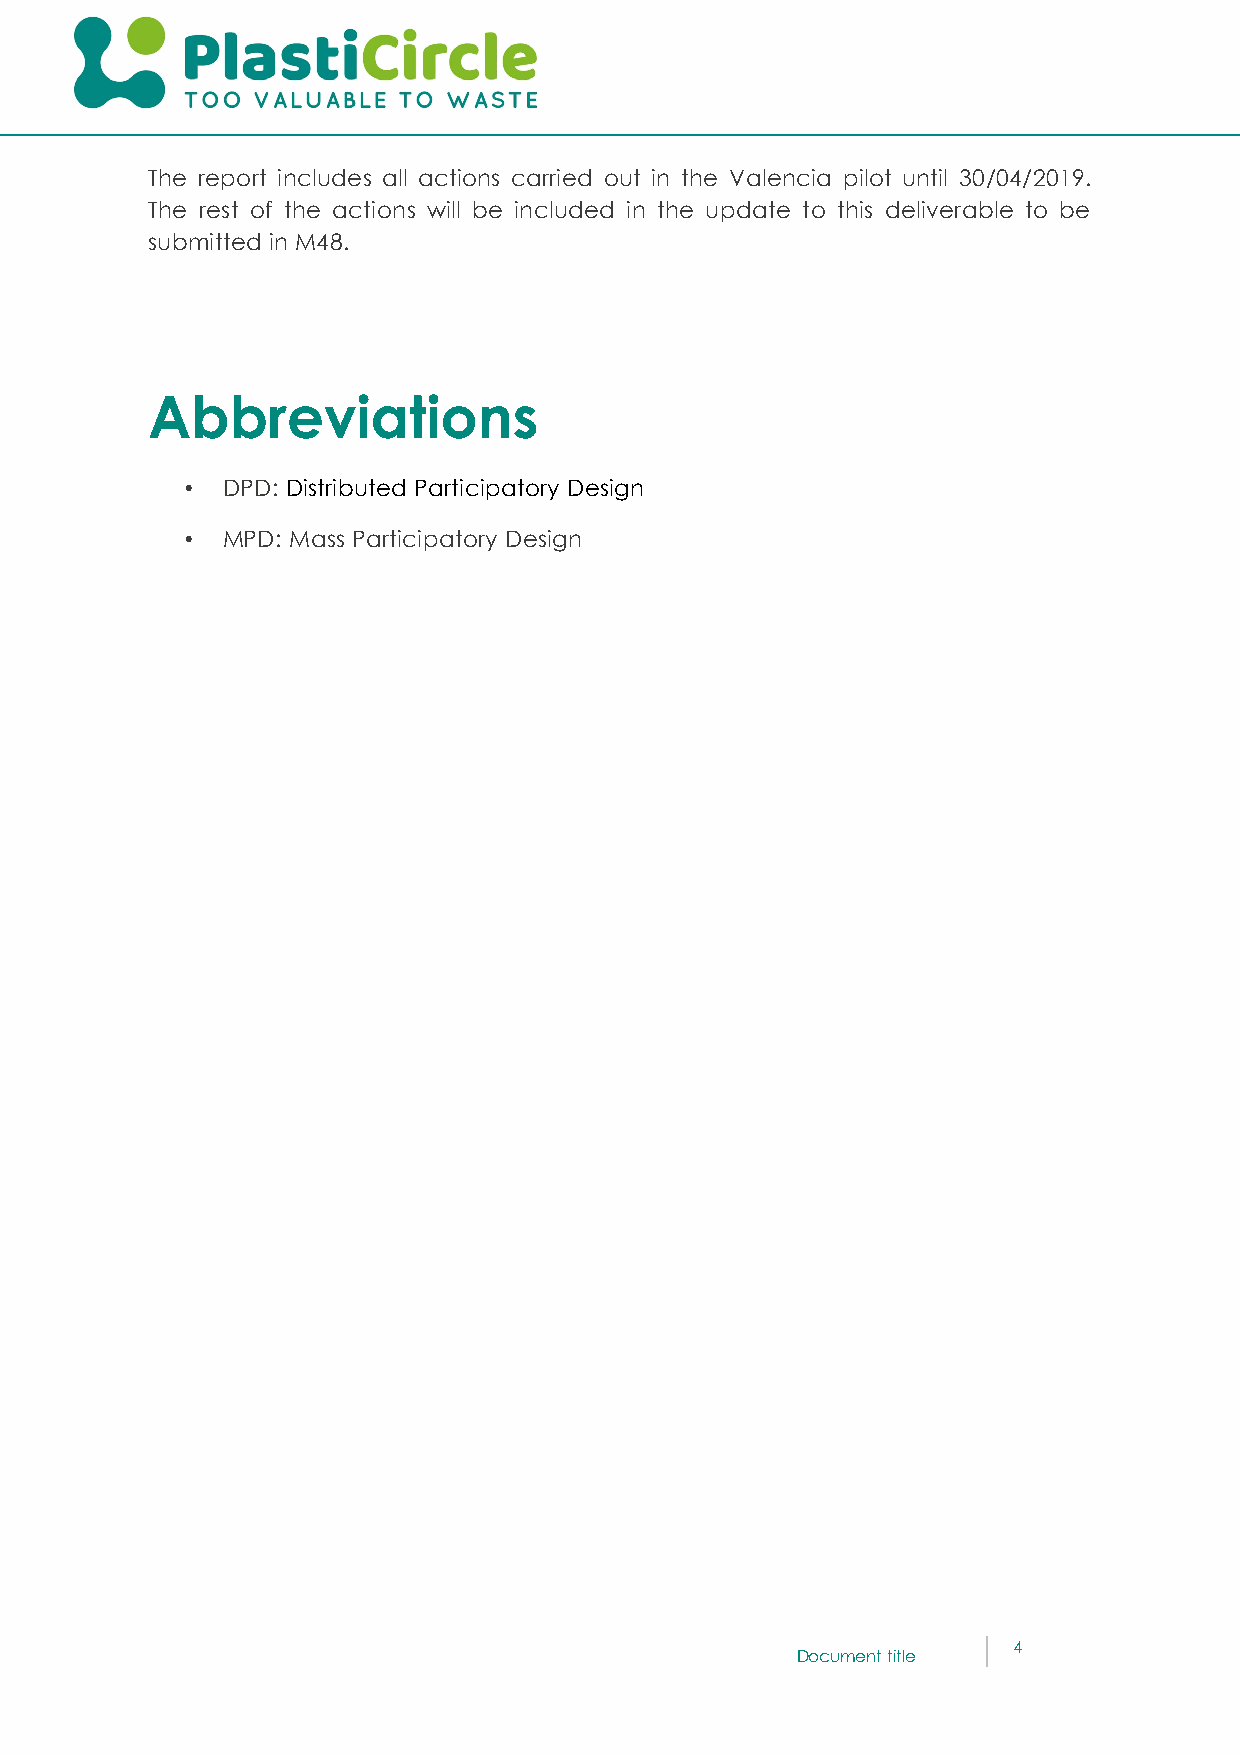
The report includes all actions carried out in the Valencia pilot until 30/04/2019.
 The rest of the actions will be included in the update to this deliverable to be
 submitted in M48.
 Abbreviations
 •  DPD: Distributed Participatory Design
 •  MPD: Mass Participatory Design
 4
 Document title